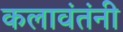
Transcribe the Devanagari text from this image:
कलावंतंनी